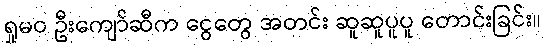
ရှုမဝ ဦးကျော်ဆီက ငွေတွေ အတင်း ဆူဆူပူပူ တောင်းခြင်း။